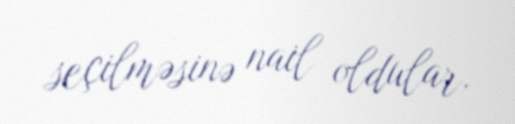
seçilməsinə nail oldular.